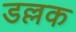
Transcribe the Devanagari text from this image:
डल्लक